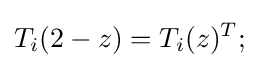
T_{i}(2-z)=T_{i}(z)^{T};